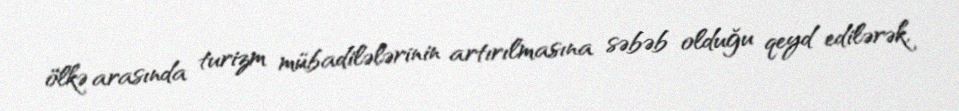
ölkə arasında turizm mübadilələrinin artırılmasına səbəb olduğu qeyd edilərək,